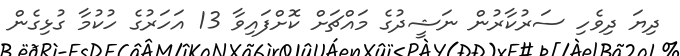
ދިޔަ ދިވެހި ސަރުކާރުން ނަޝީދުގެ މައްޗަށް ކޮށްފައިވާ 13 އަހަރުގެ ހުކުމާ ގުޅިގެން